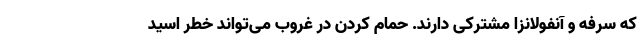
که سرفه و آنفولانزا مشترکی دارند. حمام کردن در غروب می‌تواند خطر اسید